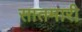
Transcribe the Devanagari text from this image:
सातमारी